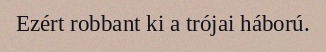
Ezért robbant ki a trójai háború.